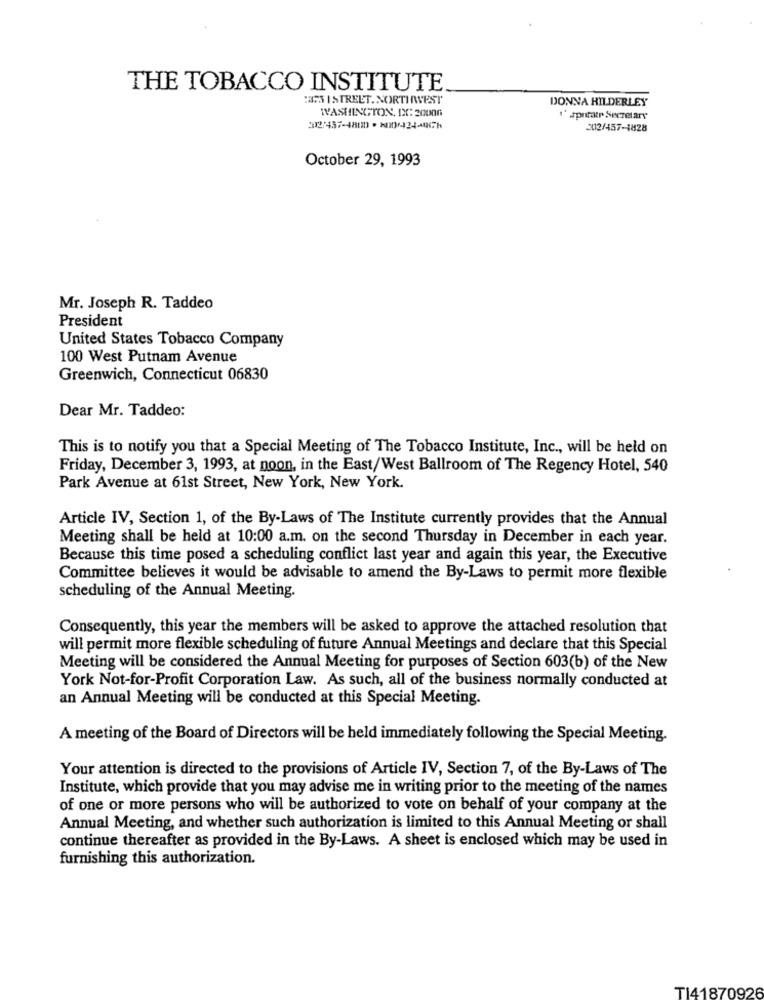
THE TOBACCO INSTITUTE
:3GS I STREET. NORTHAVEST
DONNA HILDERLEY
WASHINGTON, IX: 20006
I'montatr Secretary
324374800- 20042444
212/457-1828
October 29, 1993
Mr. Joseph R. Taddeo
President
United States Tobacco Company
100 West Putnam Avenue
Greenwich, Connecticut 06830
Dear Mr. Taddeo:
This is to notify you that a Special Meeting of The Tobacco Institute, Inc ., will be held on
Friday, December 3, 1993, at noon, in the East/West Ballroom of The Regency Hotel, 540
Park Avenue at 61st Street, New York, New York.
Article IV, Section 1, of the By-Laws of The Institute currently provides that the Annual
Meeting shall be held at 10:00 a.m. on the second Thursday in December in each year.
Because this time posed a scheduling conflict last year and again this year, the Executive
Committee believes it would be advisable to amend the By-Laws to permit more flexible
scheduling of the Annual Meeting.
Consequently, this year the members will be asked to approve the attached resolution that
will permit more flexible scheduling of future Annual Meetings and declare that this Special
Meeting will be considered the Annual Meeting for purposes of Section 603(b) of the New
York Not-for-Profit Corporation Law. As such, all of the business normally conducted at
an Annual Meeting will be conducted at this Special Meeting.
A meeting of the Board of Directors will be held immediately following the Special Meeting.
Your attention is directed to the provisions of Article IV, Section 7, of the By-Laws of The
Institute, which provide that you may advise me in writing prior to the meeting of the names
of one or more persons who will be authorized to vote on behalf of your company at the
Annual Meeting, and whether such authorization is limited to this Annual Meeting or shall
continue thereafter as provided in the By-Laws. A sheet is enclosed which may be used in
furnishing this authorization.
TI41870926